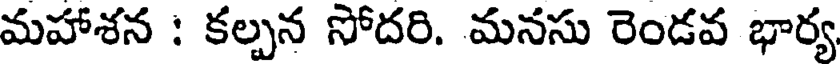
మహాశన : కల్పన సోదరి. మనసు రెండవ భార్య